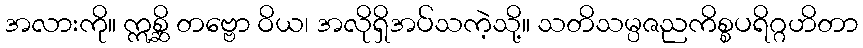
အလားကို။ ဣစ္ဆိ တဗ္ဗော ဝိယ၊ အလိုရှိအပ်သကဲ့သို့။ သတိသမ္ပဇညကိစ္စပရိဂ္ဂဟိတာ